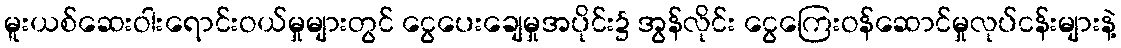
မူးယစ်ဆေးဝါးရောင်းဝယ်မှုများတွင် ငွေပေးချေမှုအပိုင်း၌ အွန်လိုင်း ငွေကြေးဝန်ဆောင်မှုလုပ်ငန်းများနဲ့